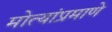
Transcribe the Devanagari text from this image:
मोत्यांप्रमाणे